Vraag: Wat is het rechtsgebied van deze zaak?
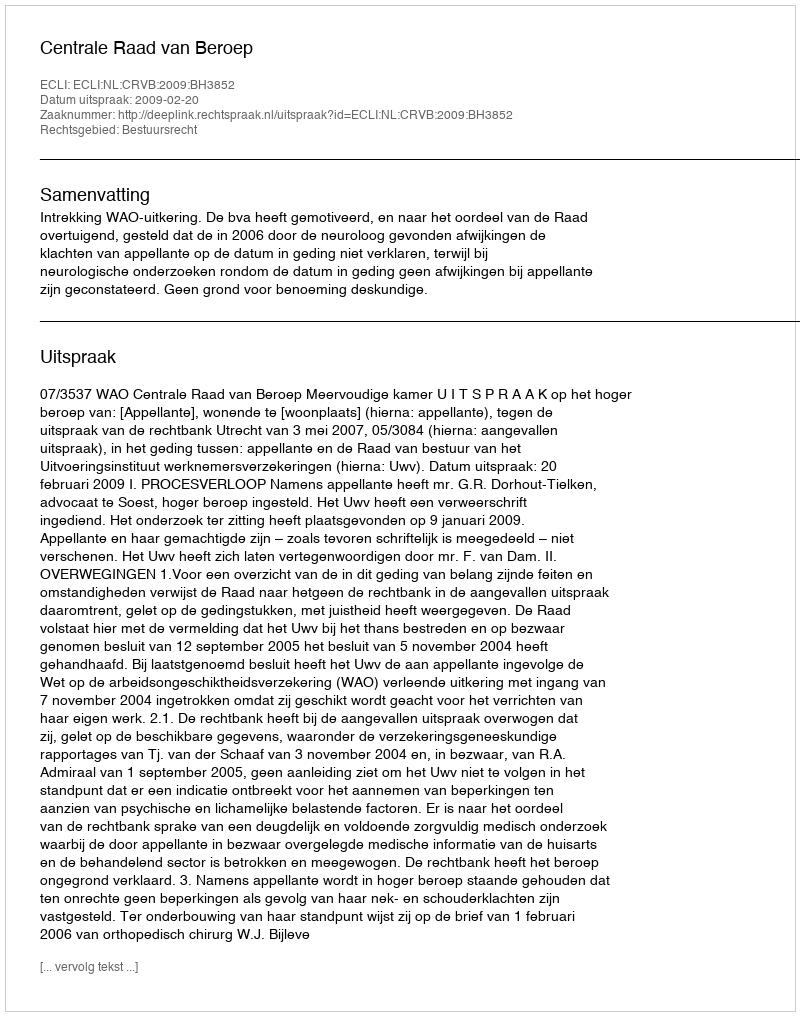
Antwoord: Bestuursrecht